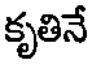
కృతినే